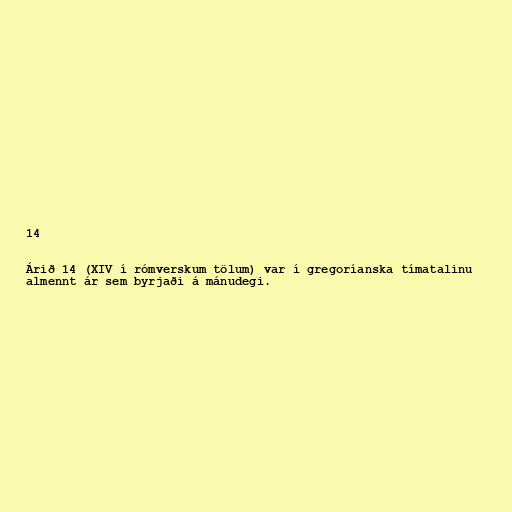
14

Árið 14 (XIV í rómverskum tölum) var í gregoríanska tímatalinu
almennt ár sem byrjaði á mánudegi.